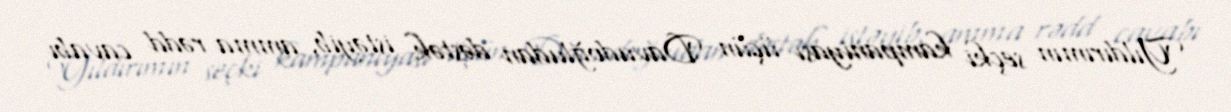
Yıldırımın seçki kampaniyası üçün Davudoğludan dəstək istəyib, amma rədd cavabı